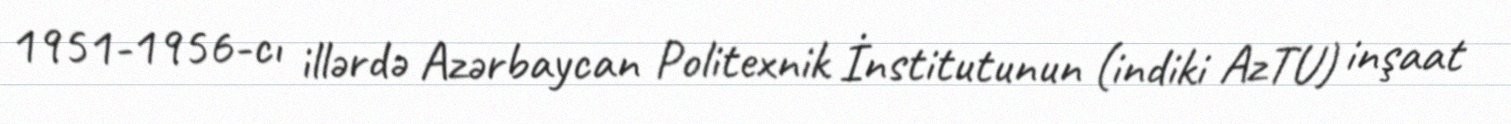
1951-1956-cı illərdə Azərbaycan Politexnik İnstitutunun (indiki AzTU) inşaat